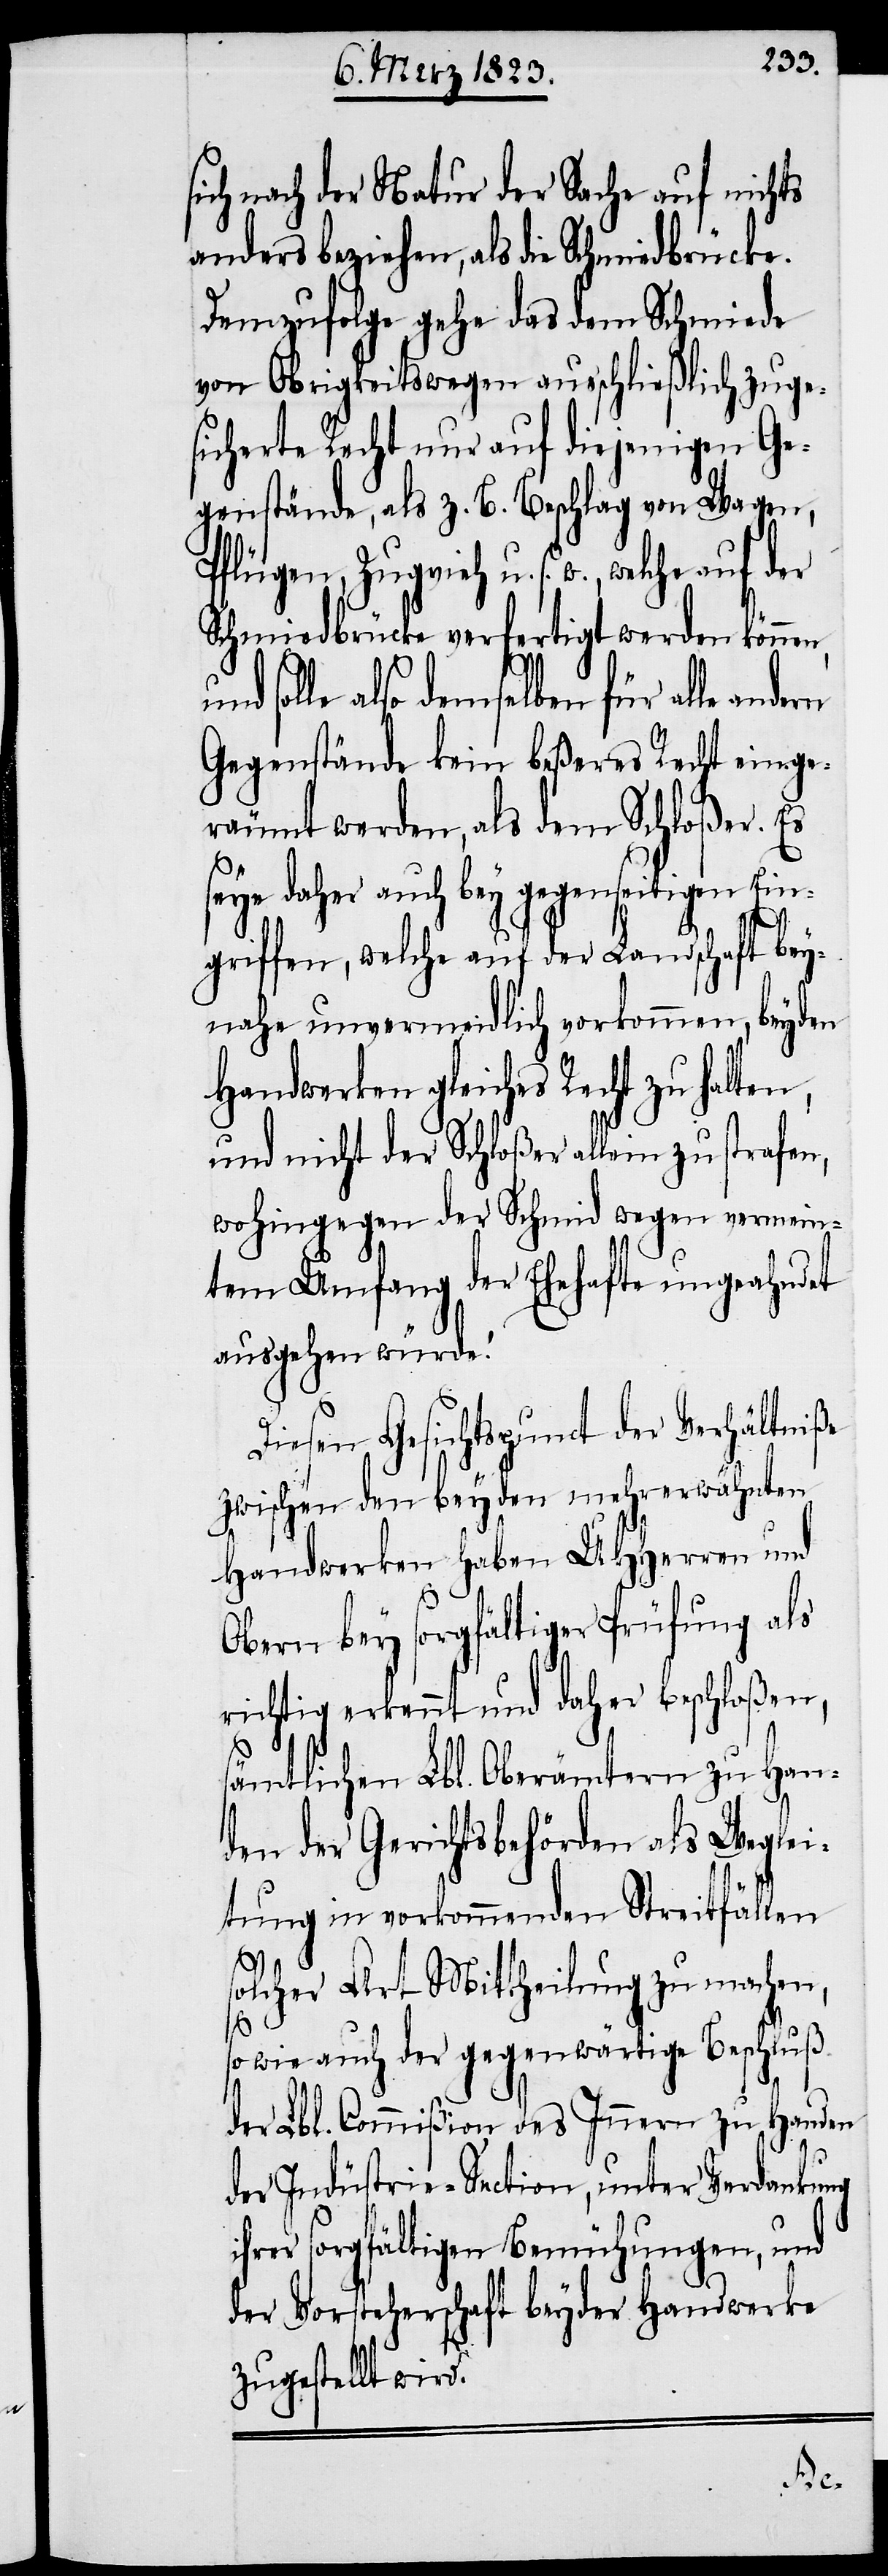
sich nach der Natur der Sache auf nichts
anders beziehen, als die Schmiedbrücke.
Demzufolge gehe das dem Schmiede
von Obrigkeitswegen ausschließlich zuge¬
sicherte Recht nur auf diejenigen Ge¬
genstände, als z. B. Beschlag von Wagen,
Pflügen, Zugvieh u. s. w., welche auf
Schmiedbrücke verfertigt werden können,
solle also demselben für alle an¬
Gegenstände kein beßeres Recht einge¬
räumt werden, als dem Schloßer. Es
seye daher auch bey gegenseitigen Ein¬
griffen, welche auf der Landschaft bey¬
nahe unvermeidlich vorkommen, beyden
Handwerken gleiches Recht zu halten,
und nicht der Schloßer allein zu strafen,
wohingegen der Schmid wegen vermein¬
tem Umfang der Ehehafte ungeahndet
ausgehen würde.“
Diesen Gesichtspunct der Verhältniße
zwischen den beyden mehrerwähnten
Handwerken haben UHHerren und
Obern bey sorgfältiger Prüfung als
richtig erkennt und daher beschloßen,
sämtlichen Lbl. Oberämtern zu Han¬
den der Gerichtsbehörden als Weglei¬
tung in vorkommenden Streitfällen
solcher Art Mittheilung zu machen,
so wie auch der gegenwärtige Beschluß
der Lbl. Commißion des Innern zu Handen
der Indüstrie-Section, unter Verdankung
ihrer sorgfältigen Bemühungen, und
der Vorsteherschaft beyder Handwerke
zugestellt wird.
dern